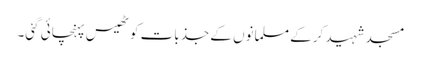
مسجد شہید کرکے مسلمانوں کے جذبات کو ٹھیس پہنچائی گئی۔